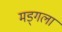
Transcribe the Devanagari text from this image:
मड्गला